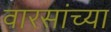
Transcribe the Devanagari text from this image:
वारसांच्या